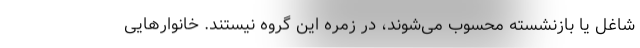
شاغل یا بازنشسته محسوب می‌شوند، در زمره این گروه نیستند. خانوارهایی